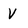
Character: V